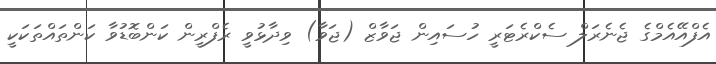
އެފްއޭއެމްގެ ޖެނެރަލް ސެކްރެޓަރީ ހުސައިން ޖަވާޒް (ޖަވާ) ވިދާޅުވީ ރެފްރީން ކަންބޮޑުވާ ކަންތައްތަކަކީ